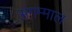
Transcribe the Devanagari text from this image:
अंगम्माल